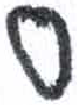
אות: ס